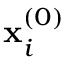
\mathbf { x } _ { i } ^ { ( 0 ) }